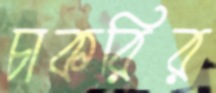
চাকরির